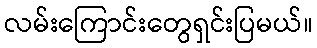
လမ်းကြောင်းတွေရှင်းပြမယ်။